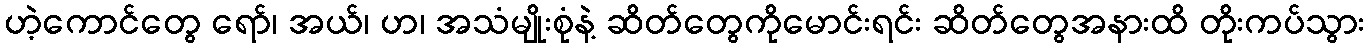
ဟဲ့ကောင်တွေ ရော်၊ အယ်၊ ဟ၊ အသံမျိုးစုံနဲ့ ဆိတ်တွေကိုမောင်းရင်း ဆိတ်တွေအနားထိ တိုးကပ်သွား